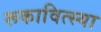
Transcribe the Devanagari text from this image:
रूकावित्स्या